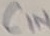
Text: CIN